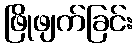
ဖြိုဖျက်ခြင်း